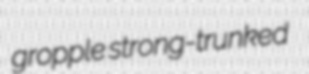
gropple strong-trunked